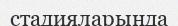
стадияларында